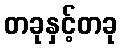
တခုနှင့်တခု